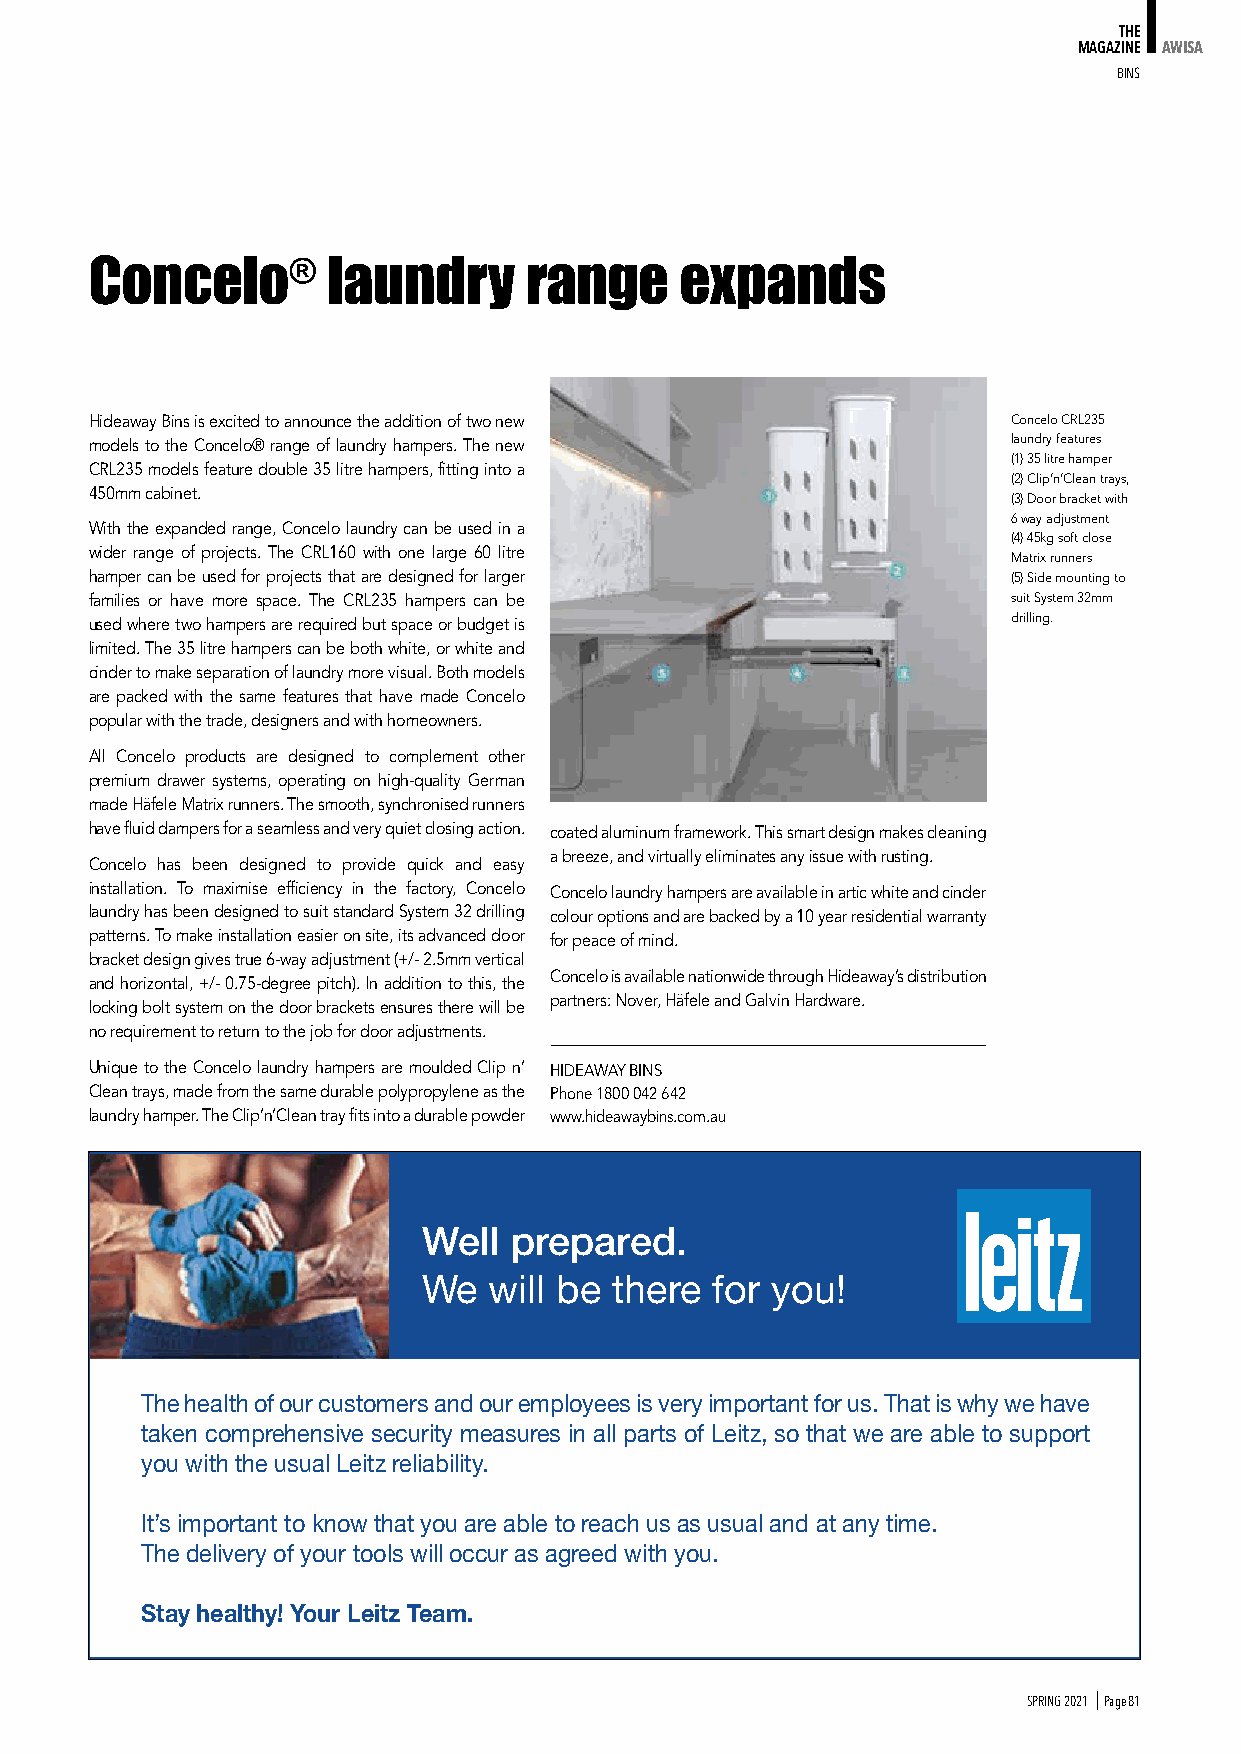
THE
 MAGAZINE AWISA
 BINS
 Concelo®        laundry      range     expands
 Hideaway Bins is excited to announce the addition of two new Concelo CRL235
 models to the Concelo® range of laundry hampers. The new     laundry features
 (1) 35 litre hamper
 CRL235 models feature double 35 litre hampers, fitting into a
 (2) Clip’n’Clean trays,
 450mm cabinet.
 (3) Door bracket with
 6 way adjustment
 With the expanded range, Concelo laundry can be used in a
 (4) 45kg soft close
 wider range of projects. The CRL160 with one large 60 litre  Matrix runners
 hamper can be used for projects that are designed for larger (5) Side mounting to
 families or have more space. The CRL235 hampers can be       suit System 32mm
 drilling.
 used where two hampers are required but space or budget is
 limited. The 35 litre hampers can be both white, or white and
 cinder to make separation of laundry more visual. Both models
 are packed with the same features that have made Concelo
 popular with the trade, designers and with homeowners.
 All Concelo products are designed to complement other
 premium drawer systems, operating on high-quality German
 made Häfele Matrix runners. The smooth, synchronised runners
 have fluid dampers for a seamless and very quiet closing action. coated aluminum framework. This smart design makes cleaning
 a breeze, and virtually eliminates any issue with rusting.
 Concelo has been designed to provide quick and easy
 installation. To maximise efficiency in the factory, Concelo Concelo laundry hampers are available in artic white and cinder
 laundry has been designed to suit standard System 32 drilling colour options and are backed by a 10 year residential warranty
 patterns. To make installation easier on site, its advanced door for peace of mind.
 bracket design gives true 6-way adjustment (+/- 2.5mm vertical
 Concelo is available nationwide through Hideaway’s distribution
 and horizontal, +/- 0.75-degree pitch). In addition to this, the
 partners: Nover, Häfele and Galvin Hardware.
 locking bolt system on the door brackets ensures there will be
 no requirement to return to the job for door adjustments.
 Unique to the Concelo laundry hampers are moulded Clip n’ HIDEAWAY BINS
 Clean trays, made from the same durable polypropylene as the Phone 1800 042 642
 laundry hamper. The Clip’n’Clean tray fits into a durable powder www.hideawaybins.com.au
 Well  prepared.
 We  will be there  for you!
 The health of our customers and our employees is very important for us. That is why we have
 taken comprehensive security measures in all parts of Leitz, so that we are able to support
 you with the usual Leitz reliability.
 It’s important to know that you are able to reach us as usual and at any time.
 The delivery of your tools will occur as agreed with you.
 Stay healthy! Your Leitz Team.
 SPRING 2021 I Page 81